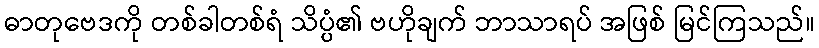
ဓာတုဗေဒကို တစ်ခါတစ်ရံ သိပ္ပံ၏ ဗဟိုချက် ဘာသာရပ် အဖြစ် မြင်ကြသည်။